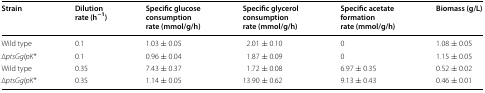
| Strain | Dilution rate (h−1) | Specific glucose consumption rate (mmol/g/h) | Specific glycerol consumption rate (mmol/g/h) | Specific acetate formation rate (mmol/g/h) | Biomass (g/L) |
 | --- | --- | --- | --- | --- | --- |
 | Wild type | 0.1 | 1.03 ± 0.05 | 2.01 ± 0.10 | 0 | 1.08 ± 0.05 |
 | ∆ptsGglpK* | 0.1 | 0.96 ± 0.04 | 1.87 ± 0.09 | 0 | 1.15 ± 0.05 |
 | Wild type | 0.35 | 7.43 ± 0.37 | 1.72 ± 0.08 | 6.97 ± 0.35 | 0.52 ± 0.02 |
 | ∆ptsGglpK* | 0.35 | 1.14 ± 0.05 | 13.90 ± 0.62 | 9.13 ± 0.43 | 0.46 ± 0.01 |